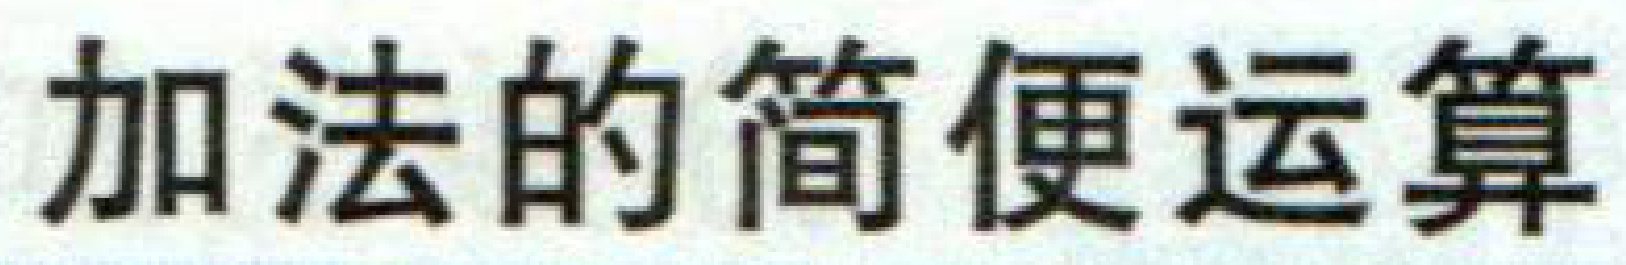
加法的简便运算